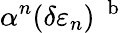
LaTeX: \alpha^{n}(\delta\varepsilon_{n})\ ^{\mathrm{~b~}}